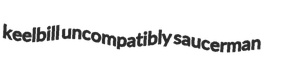
keelbill uncompatibly saucerman